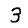
Digit: 3